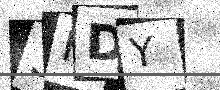
Text: 3HDY